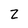
Character: Z